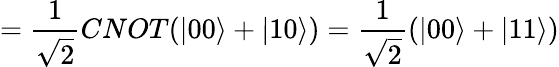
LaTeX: =\frac{1}{\sqrt{2}}{CNOT}(|00\rangle+|10\rangle)=\frac{1}{\sqrt{2}}(|00\rangle+|11\rangle)